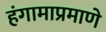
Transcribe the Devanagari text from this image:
हंगामाप्रमाणे